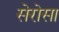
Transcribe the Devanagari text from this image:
सेरोसा